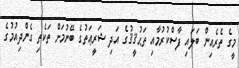
މީގެ ތެރެއިން ބަލައި ފާސްކުރުމާއި ތަޙުޤީޤުގެ އަދި ޝަރީޢަތުގެ ބޭނުމަށް ތަކެތި ގެންދިއުމުގެ